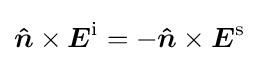
{\boldsymbol {\hat {n}}}\times {\boldsymbol {E}}^{\mathrm {i} }=-{\boldsymbol {\hat {n}}}\times {\boldsymbol {E}}^{\mathrm {s} }